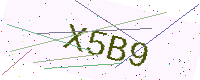
Text: X5B9